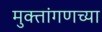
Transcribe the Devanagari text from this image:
मुक्तांगणच्या